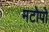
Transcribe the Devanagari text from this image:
मटोपो